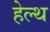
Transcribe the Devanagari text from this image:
हेल्‍थ